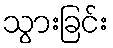
သွားခြင်း